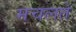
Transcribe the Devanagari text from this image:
मचलते